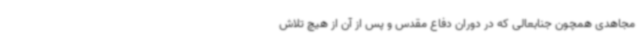
مجاهدی همچون جنابعالی که در دوران دفاع مقدس و پس از آن از هیچ تلاش